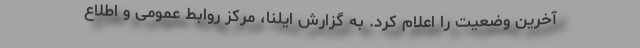
آخرین وضعیت را اعلام کرد. به گزارش ایلنا، مرکز روابط عمومی و اطلاع